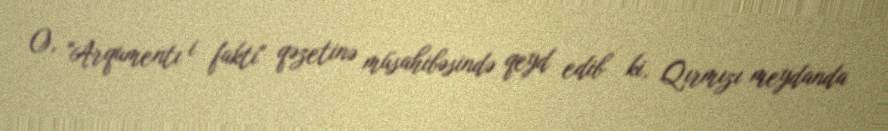
O, "Arqumentı i faktı" qəzetinə müsahibəsində qeyd edib ki, Qırmızı meydanda